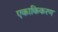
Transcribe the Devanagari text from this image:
एकाकिकरण